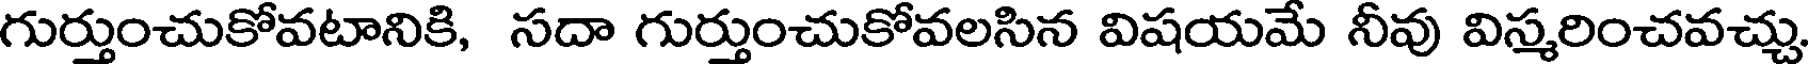
గుర్తుంచుకోవటానికి, సదా గుర్తుంచుకోవలసిన విషయమే నీవు విస్మరించవచ్చు